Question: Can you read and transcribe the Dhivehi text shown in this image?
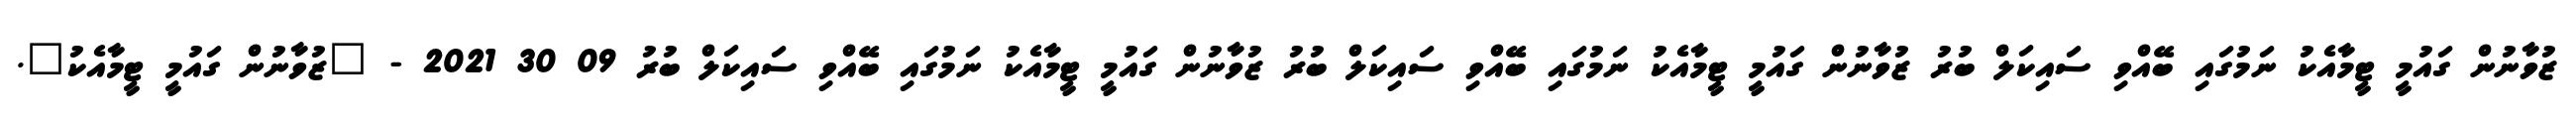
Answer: ޒުވާނުން ގައުމީ ޓީމާއެކު ނަމުގައި ބޭއްވި ސައިކަލް ބުރު ޒުވާނުން ގައުމީ ޓީމާއެކު ނަމުގައި ބޭއްވި ސައިކަލް ބުރު ޒުވާނުން ގައުމީ ޓީމާއެކު ނަމުގައި ބޭއްވި ސައިކަލް ބުރު 09 30 2021 - "ޒުވާނުން ގައުމީ ޓީމާއެކު".